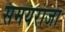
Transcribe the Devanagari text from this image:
समयराजा